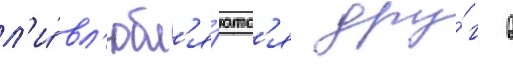
л'и́ вл'юбл'я́ютс'я дру́г в